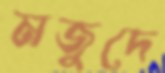
মজুদে